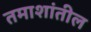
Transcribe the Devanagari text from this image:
तमाशांतील